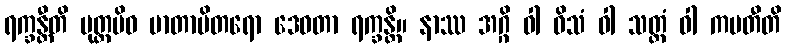
ရက္ခန္တီတိ ပုတ္တမိဝ မာတာပိတရော ဒေဝတာ ရက္ခန္တိ။ နာဿ အဂ္ဂိ ဝါ ဝိသံ ဝါ သတ္ထံ ဝါ ကမတီတိ